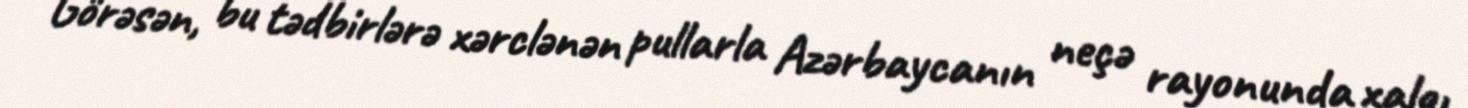
Görəsən, bu tədbirlərə xərclənən pullarla Azərbaycanın neçə rayonunda xalqı